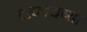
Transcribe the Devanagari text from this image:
टाकायच्या